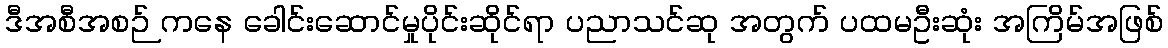
ဒီအစီအစဉ် ကနေ ခေါင်းဆောင်မှုပိုင်းဆိုင်ရာ ပညာသင်ဆု အတွက် ပထမဦးဆုံး အကြိမ်အဖြစ်